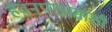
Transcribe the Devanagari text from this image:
हवनपात्रासाठी